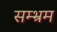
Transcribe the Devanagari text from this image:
सम्‍भ्रम